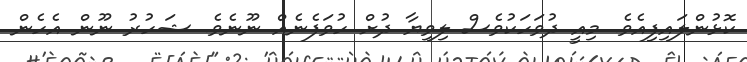
ކޮޅުންލައިފިއެވެ. މިއީ ދުވަހަކުވެސް ލިވިޔާ ދުށް ހުވަފެނެއް ނޫނެވެ. ޝަހުރު ނޫން އެހެން